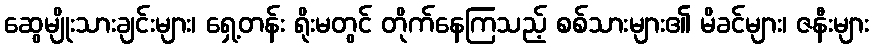
ဆွေမျိုးသားချင်းများ၊ ရှေ့တန်း ရိုးမတွင် တိုက်နေကြသည့် စစ်သားများ၏ မိခင်များ၊ ဇနီးများ